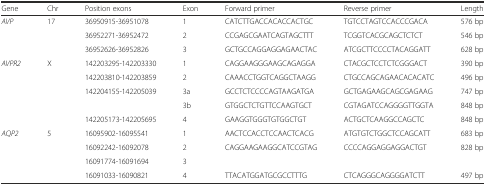
<table><thead><tr><td><b>Gene</b></td><td><b>Chr</b></td><td><b>Position exons</b></td><td><b>Exon</b></td><td><b>Forward primer</b></td><td><b>Reverse primer</b></td><td><b>Length</b></td></tr></thead><tbody><tr><td rowspan="3"><i>AVP</i></td><td rowspan="3">17</td><td>36950915-36951078</td><td>1</td><td>CATCTTGACCACACCACTGC</td><td>TGTCCTAGTCCACCCGACA</td><td>576 bp</td></tr><tr><td>36952271-36952472</td><td>2</td><td>CCGAGCGAATCAGTAGCTTT</td><td>TCGGTCACGCAGCTCTCT</td><td>546 bp</td></tr><tr><td>36952626-36952826</td><td>3</td><td>GCTGCCAGGAGGAGAACTAC</td><td>ATCGCTTCCCCTACAGGATT</td><td>628 bp</td></tr><tr><td rowspan="5"><i>AVPR2</i></td><td rowspan="5">X</td><td>142203295-142203330</td><td>1</td><td>CAGGAAGGGAAGCAGAGGA</td><td>CTACGCTCCTCTCGGGACT</td><td>390 bp</td></tr><tr><td>142203810-142203859</td><td>2</td><td>CAAACCTGGTCAGGCTAAGG</td><td>CTGCCAGCAGAACACACATC</td><td>496 bp</td></tr><tr><td rowspan="2">142204155-142205039</td><td>3a</td><td>GCCTCTCCCCAGTAAGATGA</td><td>GCTGAGAAGCAGCGAGAAG</td><td>747 bp</td></tr><tr><td>3b</td><td>GTGGCTCTGTTCCAAGTGCT</td><td>CGTAGATCCAGGGGTTGGTA</td><td>848 bp</td></tr><tr><td>142205173-142205695</td><td>4</td><td>GAAGGTGGGTGTGGCTGT</td><td>ACTGCTCAAGGCCAGCTC</td><td>848 bp</td></tr><tr><td rowspan="4"><i>AQP2</i></td><td rowspan="4">5</td><td>16095902-16095541</td><td>1</td><td>AACTCCACCTCCAACTCACG</td><td>ATGTGTCTGGCTCCAGCATT</td><td>683 bp</td></tr><tr><td>16092242-16092078</td><td>2</td><td rowspan="2">CAGGAAGAAGGCATCCGTAG</td><td rowspan="2">CCCCAGGAGGAGGACTGT</td><td rowspan="2">828 bp</td></tr><tr><td>16091774-16091694</td><td>3</td></tr><tr><td>16091033-16090821</td><td>4</td><td>TTACATGGATGCGCCTTTG</td><td>CTCAGGGCAGGGGATCTT</td><td>497 bp</td></tr></tbody></table>